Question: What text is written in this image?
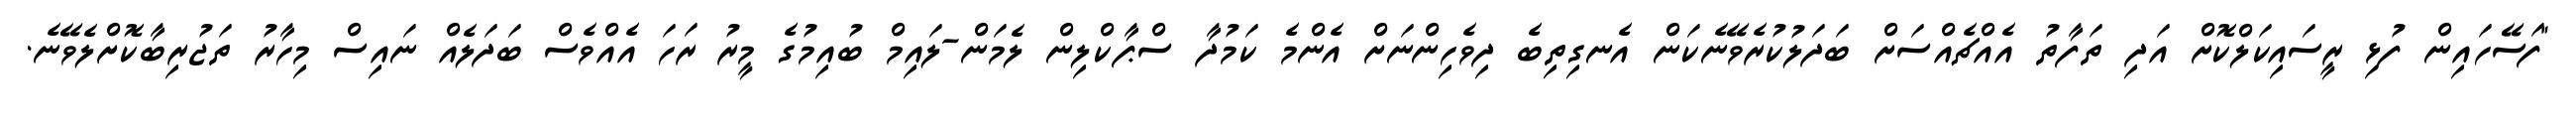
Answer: "ފަސޭހައިން ފުޅި ރީސައިކަލްކޮށް އަދި ތަފާތު އެއްޗެއްސަށް ބަދަލުކުރެވޭނެކަން އެނގިތިބެ ދިވެހިންނަށް އެންމެ ކަމުދާ ސްޕާކްލިން ލެމަން-ލައިމް ބުއިމުގެ މީރު ރަހަ އެއްވެސް ބަދަލެއް ނައިސް މިހާރު ތަޖުރިބާކޮށްލެވޭނެ.